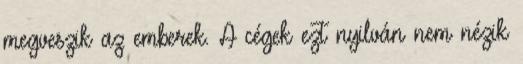
megveszik az emberek. A cégek ezt nyilván nem nézik